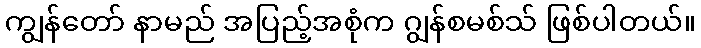
ကျွန်တော် နာမည် အပြည့်အစုံက ဂျွန်စမစ်သ် ဖြစ်ပါတယ်။